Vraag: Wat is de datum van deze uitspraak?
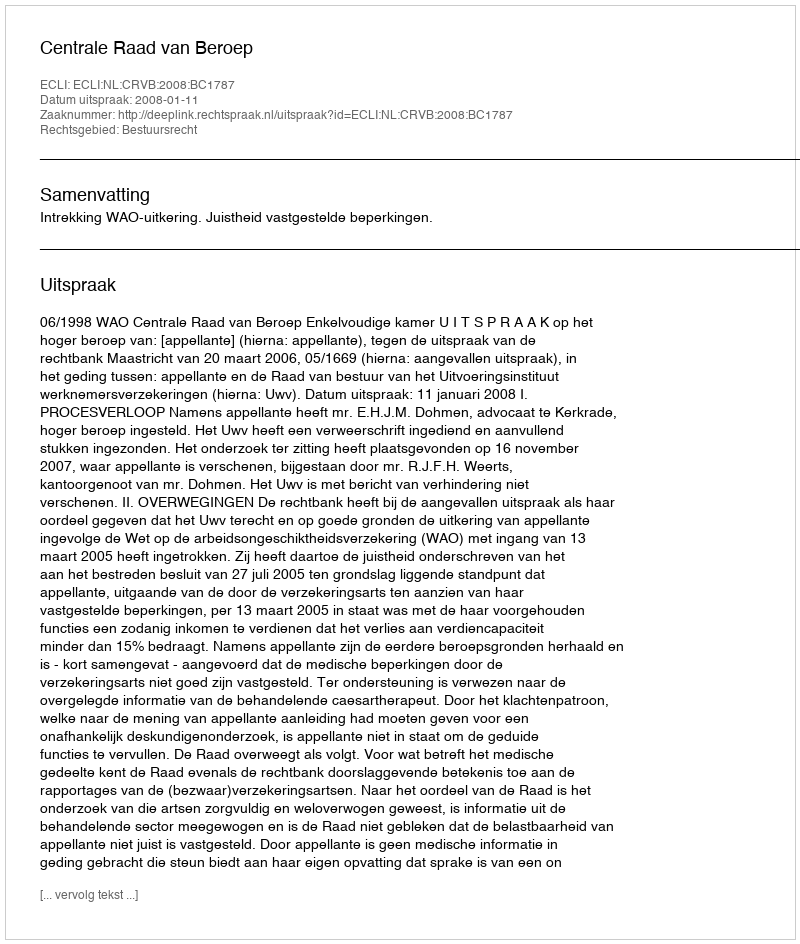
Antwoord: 2008-01-11